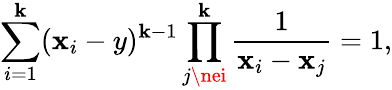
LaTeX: \sum_{i=1}^{\mathbf{k}}(\mathbf{x}_{i}-y)^{\mathbf{k}-1}\prod_{j\nei}^{\mathbf{k}}\frac{{1}}{{\mathbf{x}_{i}-\mathbf{x}_{j}}}=1,